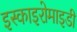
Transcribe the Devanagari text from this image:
इस्काइरोमाइडी